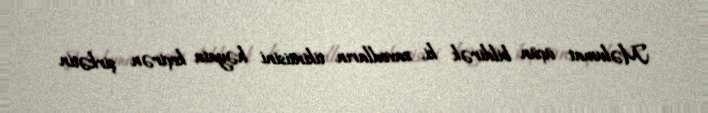
Məlumat üçün bildirək ki, zavodların tikintisini həyata keçirən şirkətin